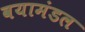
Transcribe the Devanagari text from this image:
वयामंडल